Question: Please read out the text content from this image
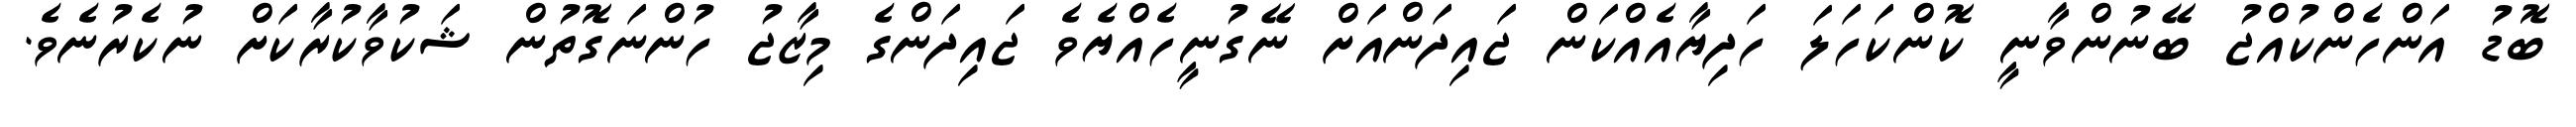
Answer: ބޮޑު އަންހެންކުއްޖު ބޭނުންވާނީ ކޮންކަހަލަ ހަދިޔާއެއްކަން ޖައިދަންއަށް ނޭގުނީހެއްޔެވެ ޖައިދަންގެ މިޒާޖު ހުންނަގޮތުން ޝަކުވާކުރާކަށް ނުކެރުނެވެ.